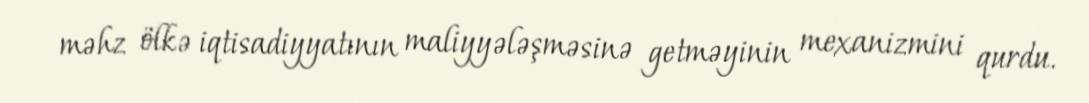
məhz ölkə iqtisadiyyatının maliyyələşməsinə getməyinin mexanizmini qurdu.